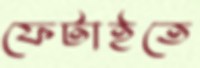
ফেটাইতে